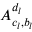
A _ { c _ { l } , b _ { l } } ^ { d _ { l } }